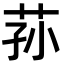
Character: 荪